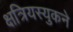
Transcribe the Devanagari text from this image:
क्षत्रियस्युकने